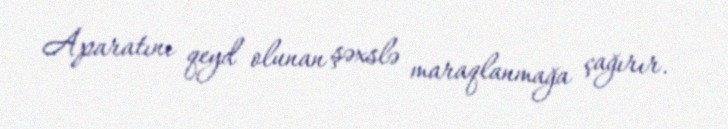
Aparatını qeyd olunan şəxslə maraqlanmağa çağırır.